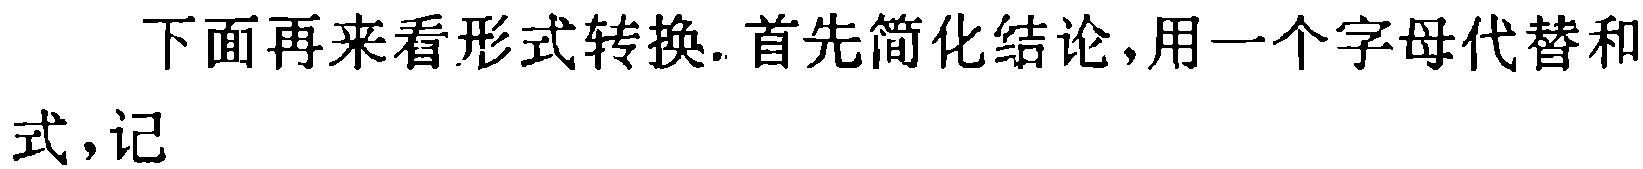
下面再来看形式转换.首先简化结论,用一个字母代替和式,记